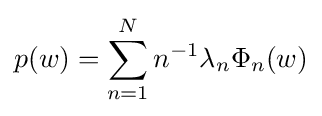
p(w)=\sum _{n=1}^{N}n^{-1}\lambda _{n}\Phi _{n}(w)